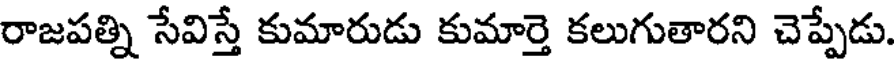
రాజపత్ని సేవిస్తే కుమారుడు కుమార్తె కలుగుతారని చెప్పేడు.